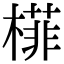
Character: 𬄟